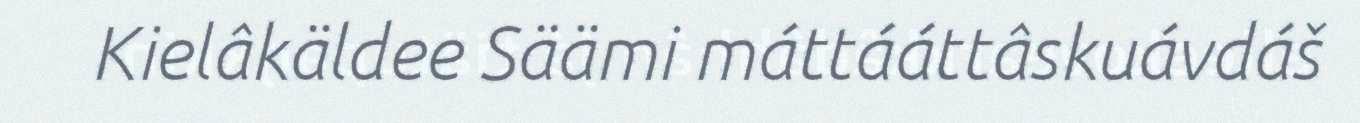
Kielâkäldee Säämi máttááttâskuávdáš